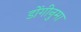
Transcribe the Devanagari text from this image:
डोंगीनुमा